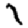
Digit: 1